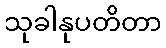
သုခါနုပတိတာ